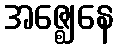
အဇ္ဈေနေ